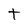
Character: t